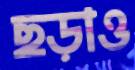
ছড়াও